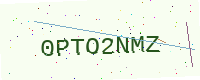
Text: 0PTO2NMZ